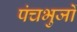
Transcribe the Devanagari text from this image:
पंचभुजों